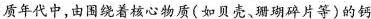
质年代中，由图绕着核心物质(如贝壳、珊瑚碎片等)的钙